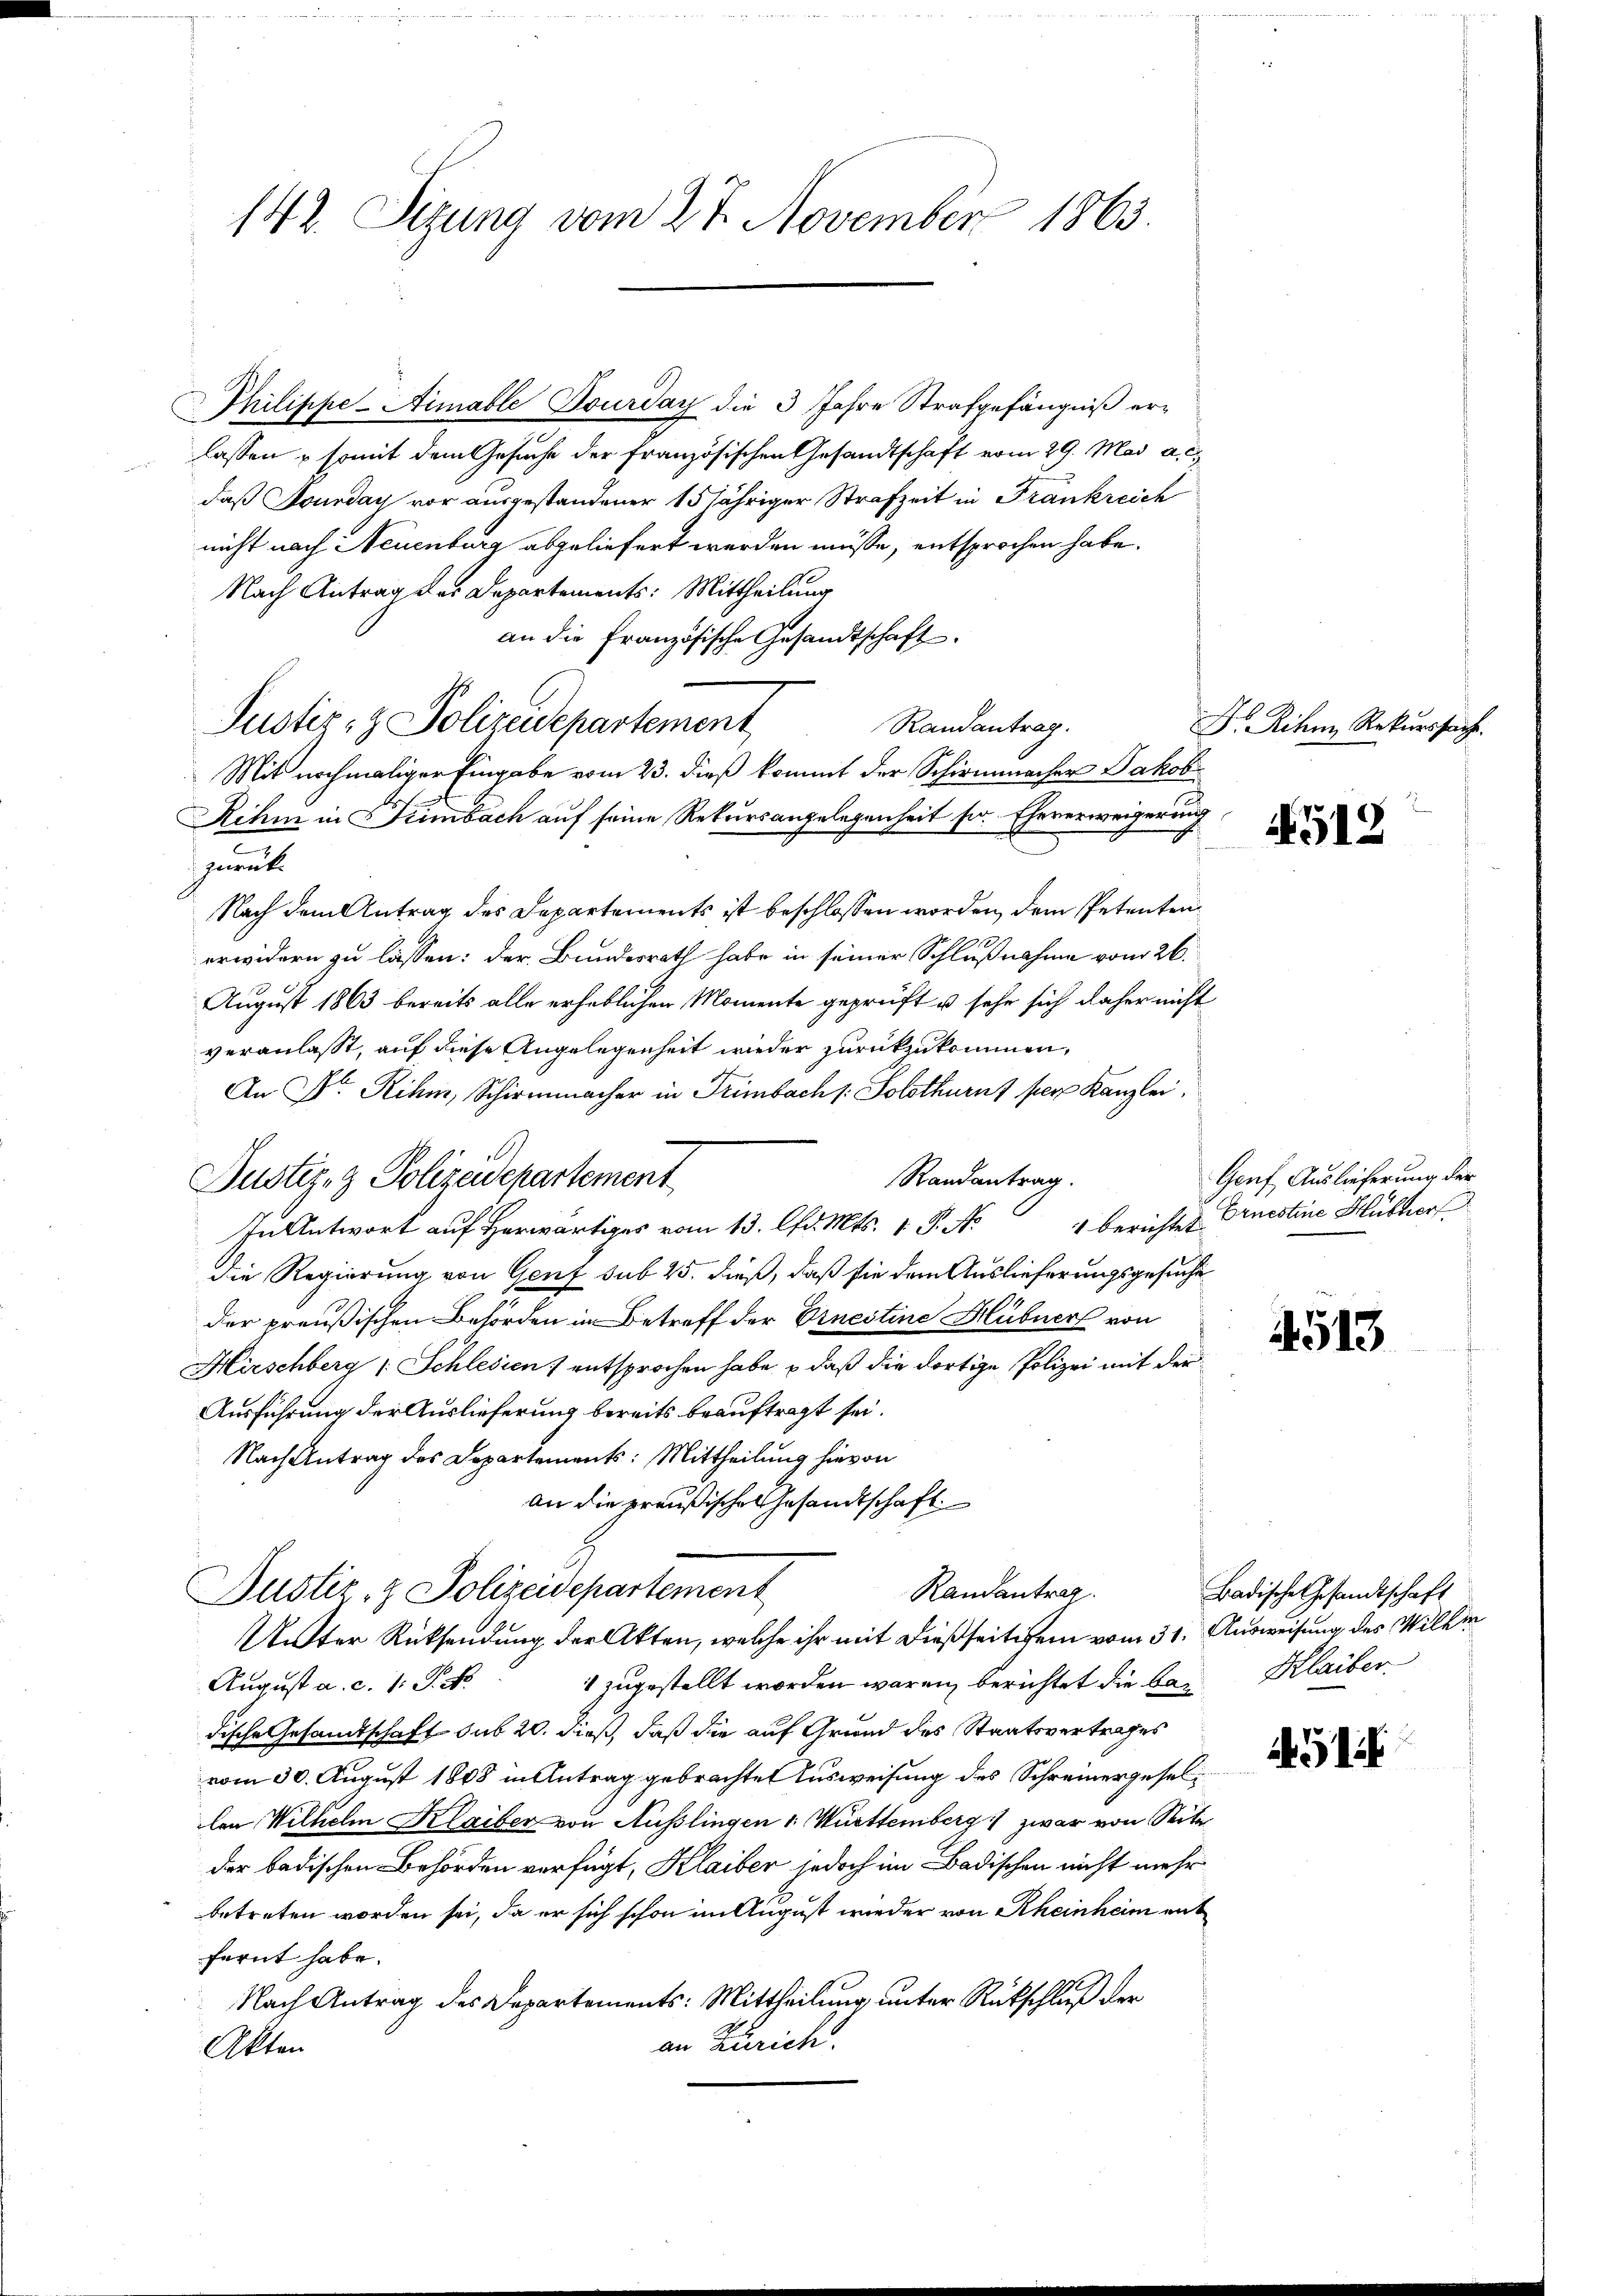
142. Sizung vom 27. November 1863

Philippe-Aimable Dourday die 3 Jahre Strafgefängniß erlassen & somit dem Gesuche der französischen Gesandtschaft vom 29. Mai a. c.
daß Jourday vor ausgestandener 15jähriger Strafzeit in Frankreich
nicht nach Neuenburg abgeliefert werden müsse, entsprochen habe.
Nach Antrag der Departements: Mittheilung
an die Französische Gesandtschaft.
Justiz- & Polizeidepartement
Randantrag.
Mit nochmaliger Eingabe vom 23. dieß kommt der Schirmmacher Jakob
Rihm in Leimbach auf seine Rekursangelegenheit so. Ehererweigerung
zurück.
Nach dem Antrag des Departements ist beschlossen worden, dem Petentenerwidern zu lassen: der Bundesrath habe in seiner Schlußnahme vom 26.
August 1863 bereits alle erheblichen Momente geprüft u sehe sich daher nicht
veranlasst, auf diese Angelegenheit wieder zurückzukommen,
An Dr. Rihm, Schirmmacher in Trimbach /: Solothurns per Kanzlei,
Randantrag.
Justiz- & Polizeidepartement
1 berichtet.
In Antwort auf herwärts vom 13. lfd. Mts. 1. P. N
die Regierung von Genf sub 25. dieß, daß sie dem Auslieferungsgesuche
der preußischen Behörden in Betreff der Ernestine Hübner von
Hirschberg 1 Schlesien 1 entsprochen habe, – daß die dortige Polizei mit der
Ausführung der Auslieferung bereits beauftragt sei.
Nach Antrag des Departements: Mittheilung hievon
an die preußische Gesandtschaft
Justiz- & Polizeidepartement
Randantrag
Unter Rücksendung der Akten, welche ihr mit dießseitigen vom 31. Ausweisung des Willer
 zugestellt worden wären, berichtet die bei Klaiber
August a. c. 1 Pkt.
dische Gesandtschaft sub 20. dieß, daß die auf Grund des Staatsvertrages
vom 30. August 1808 in Antrag gebrachtet Ausweisung des Schreinergesellen Wilhelm Klaiber von Ausslingen - Württemberg  zwar von Seite
der badischen Behörden verfügt, Klaiber jedoch im Badischen nicht mehr
betreten worden sei, da er sich schon im August wieder von Rheinheim ent
fernt habe.
Nach Antrag des Departements: Mittheilung unter Rückschluß der
an Zürich.
Akten

Dr. Riken Rekurssache.

512

Genf Auslieferung der
Eruestine Huber

4513

Badische Gesandtschaft

5